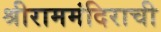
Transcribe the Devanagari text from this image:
श्रीराममंदिराची